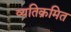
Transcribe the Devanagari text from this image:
व्यतिक्रमित